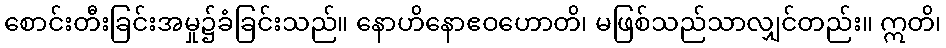
စောင်းတီးခြင်းအမှု၌ခံခြင်းသည်။ နောဟိနောဧဝဟောတိ၊ မဖြစ်သည်သာလျှင်တည်း။ ဣတိ၊